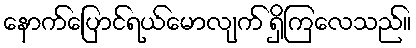
နောက်ပြောင်ရယ်မောလျက် ရှိကြလေသည်။